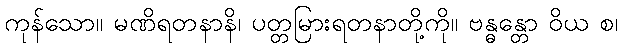
ကုန်သော။ မဏိရတနာနိ၊ ပတ္တမြားရတနာတို့ကို။ ဗန္ဓန္တော ဝိယ စ၊